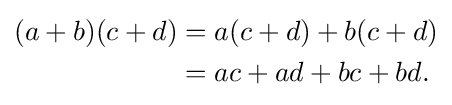
{\begin{aligned}(a+b)(c+d)&=a(c+d)+b(c+d)\\&=ac+ad+bc+bd.\end{aligned}}